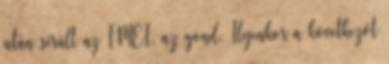
után sérült az IMEI, az gond. Ilyenkor a következőt